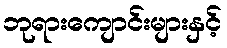
ဘုရားကျောင်းများနှင့်